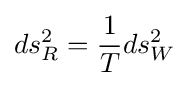
ds_{R}^{2}={\frac {1}{T}}ds_{W}^{2}